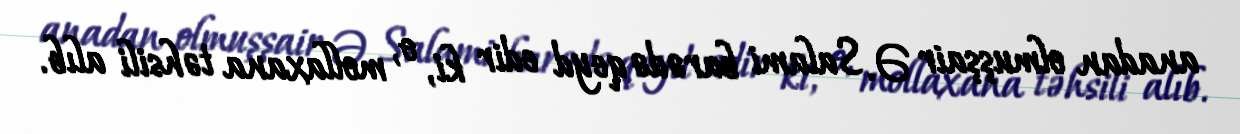
anadan olmuşşair Ə. Salami barədə qeyd edir ki, o, mollaxana təhsili alıb.